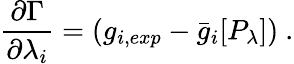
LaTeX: \frac{\partial\Gamma}{\partial\lambda_{i}}=\left(g_{i,exp}-\bar{g}_{i}[P_{\lambda}]\right)~.